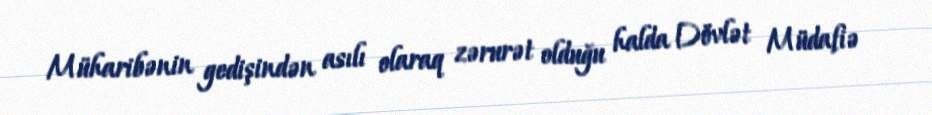
Müharibənin gedişindən asılı olaraq zərurət olduğu halda Dövlət Müdafiə